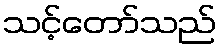
သင့်တော်သည်